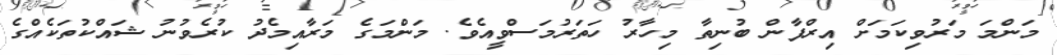
މަންމަ މަރުވިކަމަށް އިރްފާން ބުނިތާ މިހާރު ހަތަރުމަސްވީއެވެ. މަންމަގެ މަރާއިމެދު ކުރެވުނު ޝައްކުތަކެއްގެ